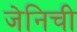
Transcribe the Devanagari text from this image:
जेनिची